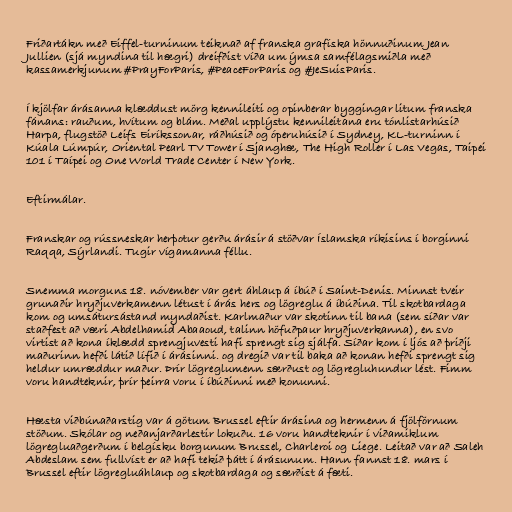
Friðartákn með Eiffel-turninum teiknað af franska grafíska hönnuðinum Jean
Jullien (sjá myndina til hægri) dreifðist víða um ýmsa samfélagsmiðla með
kassamerkjunum #PrayForParis, #PeaceForParis og #JeSuisParis.

Í kjölfar árásanna klæddust mörg kennileiti og opinberar byggingar litum franska
fánans: rauðum, hvítum og blám. Meðal upplýstu kennileitana eru tónlistarhúsið
Harpa, flugstöð Leifs Eiríkssonar, ráðhúsið og óperuhúsið í Sydney, KL-turninn í
Kúala Lúmpúr, Oriental Pe­arl TV Tower í Sjanghæ, The High Roller í Las Vegas, Taipei
101 í Taípei og One World Trade Center í New York.

Eftirmálar.

Franskar og rússneskar herþotur gerðu árásir á stöðvar Íslamska ríkisins í borginni
Raqqa, Sýrlandi. Tugir vígamanna féllu.

Snemma morguns 18. nóvember var gert áhlaup á íbúð í Saint-Denis. Minnst tveir
grunaðir hryðjuverkamenn létust í árás hers og lögreglu á íbúðina. Til skotbardaga
kom og umsátursástand myndaðist. Karlmaður var skotinn til bana (sem síðar var
staðfest að væri Abdelhamid Abaaoud, talinn höfuðpaur hryðjuverkanna), en svo
virtist að kona íklædd sprengjuvesti hafi sprengt sig sjálfa. Síðar kom í ljós að þriðji
maðurinn hefði látið lífið í árásinni. og dregið var til baka að konan hefði sprengt sig
heldur umræddur maður. Þrír lögreglumenn særðust og lögregluhundur lést. Fimm
voru handteknir, þrír þeirra voru í íbúðinni með konunni.

Hæsta viðbúnaðarstig var á götum Brussel eftir árásina og hermenn á fjölförnum
stöðum. Skólar og neðanjarðarlestir lokuðu. 16 voru handteknir í viðamiklum
lögregluaðgerðum í belgísku borgunum Brussel, Charleroi og Liege. Leitað var að Saleh
Abdeslam sem fullvíst er að hafi tekið þátt í árásunum. Hann fannst 18. mars í
Brussel eftir lögregluáhlaup og skotbardaga og særðist á fæti.